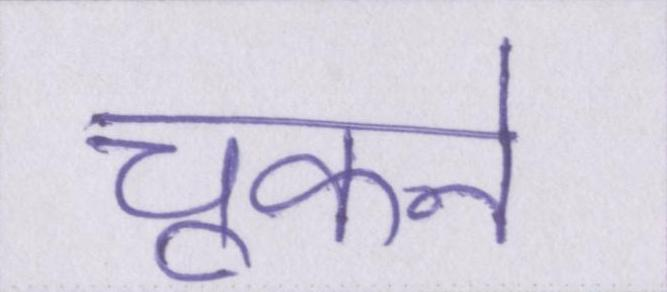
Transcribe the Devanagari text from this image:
चूकने